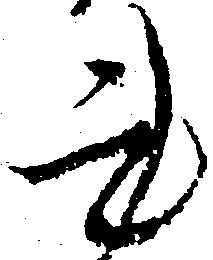
書